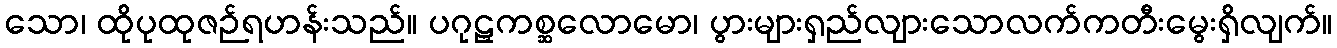
သော၊ ထိုပုထုဇဉ်ရဟန်းသည်။ ပဂုဠှကစ္ဆလောမော၊ ပွားများရှည်လျားသောလက်ကတီးမွေးရှိလျက်။